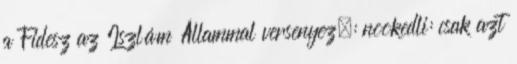
a Fidesz az Iszlám Állammal versenyez.: nookedli: csak azt